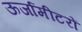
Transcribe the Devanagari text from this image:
ऊर्जामीटरों